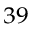
^ { 3 9 }